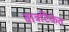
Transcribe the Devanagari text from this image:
वात्रटिकेत